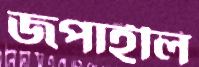
জপাইলি